Code of medical and sanitary regulations for the guidance of medical officers serving in the Madras Presidency - Volume I
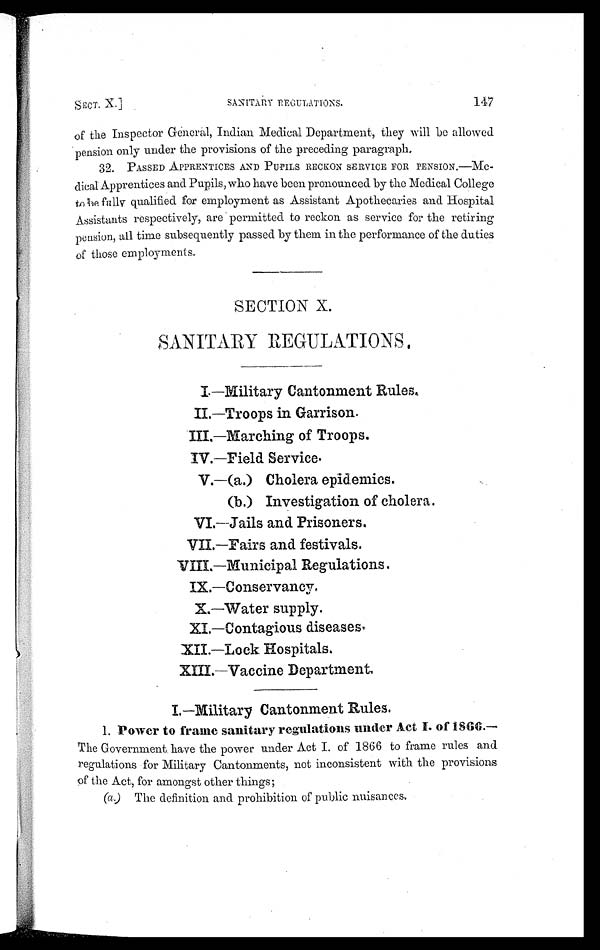
SECT. X.]
SANITARY REGULATIONS.
147
of the Inspector General, Indian Medical Department, they will be allowed
pension only under the provisions of the preceding paragraph.
32. PASSED APPRENTICES AND PUPILS RECKON SERVICE FOR PENSION.—Me-
dical Apprentices and Pupils, who have been pronounced by the Medical College
to be fully qualified for employment as Assistant Apothecaries and Hospital
Assistants respectively, are permitted to reckon as service for the retiring
pension, all time subsequently passed by them in the performance of the duties
of those employments.
SECTION X
SANITARY REGULATIONS.
I.—Military Cantonment Rules.
I I . — T r o o p s i n G a r r i s o n .
I I I . — M a r c h i n g o f T r o o p s .
IV.—Field Service.
V.—(a.) Cholera epidemics.
(b.) Investigation of cholera.
VI.—Jails and Prisoners.
VII.—Pairs and festivals.
VIII.—Municipal Regulations.
IX.—Conservancy.
X.—Water supply.
XI.—Contagious diseases
XII.—Lock Hospitals.
XIII.—Vaccine Department.
I.—Military Cantonment Rules.
1. Power to frame sanitary regulations under Act I. of 1866.
— T h e G o v e r n m e n t h a v e t h e p o w e r u n d e r A c t I . o f 1 8 6 6 t o f r a m e r u l e s a n d
regulations for Military Cantonments, not inconsistent with the provisions
of the Act, for amongst other things;
( a.) The definition and prohibition of public nuisances.